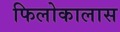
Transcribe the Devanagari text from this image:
फिलोकालास